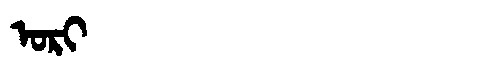
Manchu: ᠣᡵᡳ
Romanization: ORI